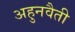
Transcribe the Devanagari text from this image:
अहुनवैती